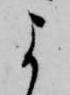
よ